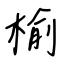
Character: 榆